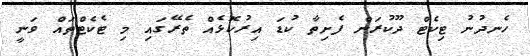
ހެނދުނު ޓިކެޓް ދޫކުރަން ފެށިތާ ކުޑަ އިރުކޮޅެއް ތެރޭގައި މި ޓެކެޓްތައް ވަނީ